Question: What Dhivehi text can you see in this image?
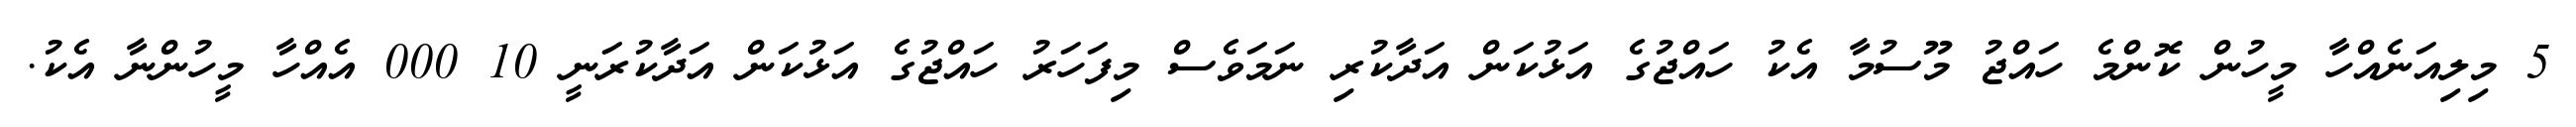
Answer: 5 މިލިއަނެއްހާ މީހުން ކޮންމެ ހައްޖު މޫސުމާ އެކު ހައްޖުގެ އަޅުކަން އަދާކުރި ނަމަވެސް މިފަހަރު ހައްޖުގެ އަޅުކަން އަދާކުރަނީ 10 000 އެއްހާ މީހުންނާ އެކު.